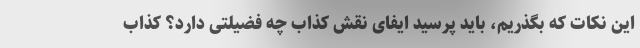
این نکات که بگذریم، باید پرسید ایفای نقش کذاب چه فضیلتی دارد؟ کذاب